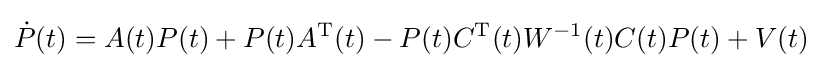
{\dot {P}}(t)=A(t)P(t)+P(t)A^{\mathrm {T} }(t)-P(t)C^{\mathrm {T} }(t){\mathbf {} }W^{-1}(t)C(t)P(t)+V(t)